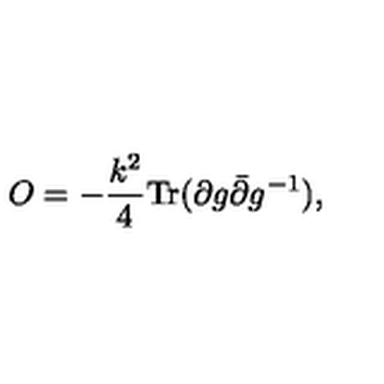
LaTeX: O = - { \frac { k ^ { 2 } } { 4 } } \mathrm { T r } ( \partial g \bar { \partial } g ^ { - 1 } ) ,